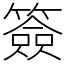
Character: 簽